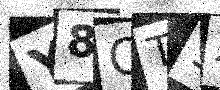
Text: Y8QT9X